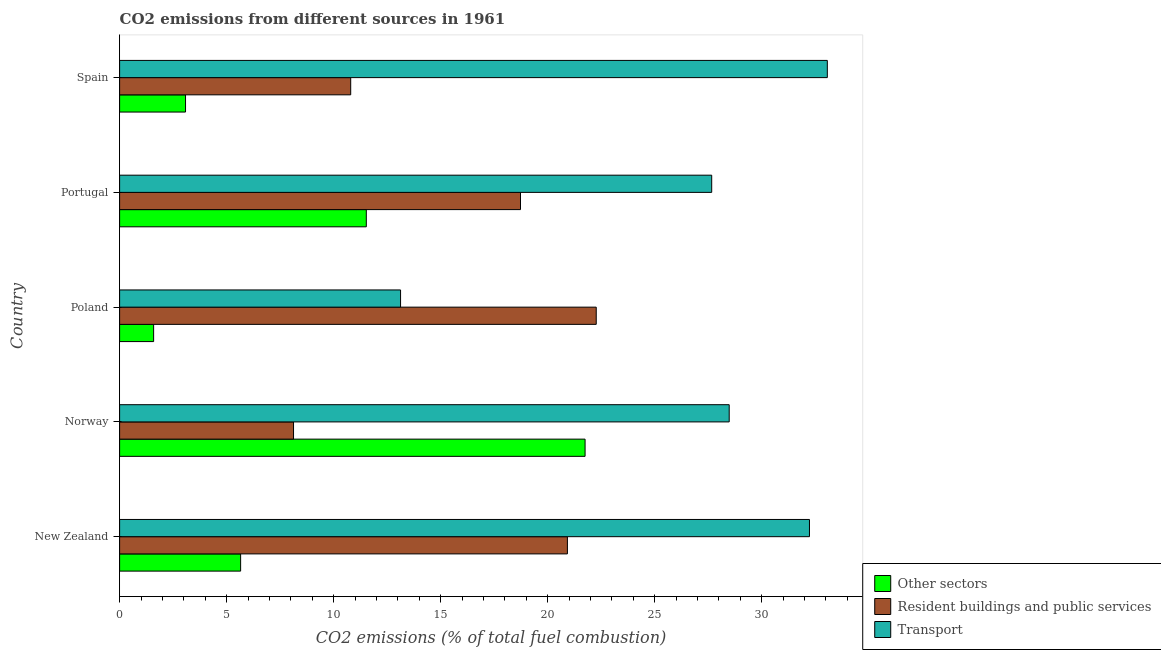
| Country | Other sectors | Resident buildings and public services | Transport |
 | --- | --- | --- | --- |
 | New Zealand | 5.66 | 20.9 | 32.2 |
 | Norway | 21.7 | 8.13 | 28.5 |
 | Poland | 1.59 | 22.3 | 13.1 |
 | Portugal | 11.5 | 18.7 | 27.7 |
 | Spain | 3.08 | 10.8 | 33.1 |